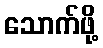
သောက်ဖို့